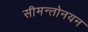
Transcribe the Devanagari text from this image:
सीमन्तोनयन